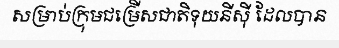
សម្រាប់ក្រុមជម្រើសជាតិទុយនីស៊ី ដែលបាន